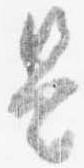
是